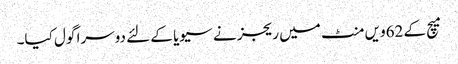
میچ کے 62ویں منٹ میں ریجز نے سیویا کے لئے دوسرا گول کیا۔